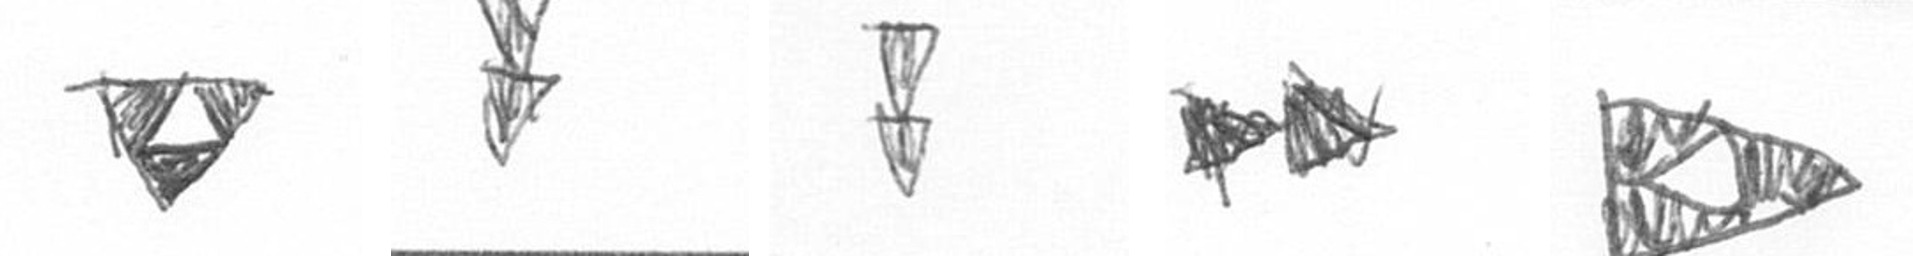
S Z Z A K